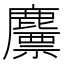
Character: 䴩